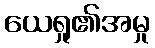
ယေရှု၏အမှု